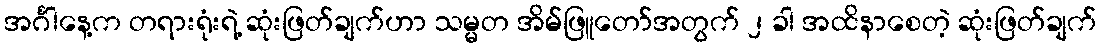
အင်္ဂါနေ့က တရားရုံးရဲ့ ဆုံးဖြတ်ချက်ဟာ သမ္မတ အိမ်ဖြူတော်အတွက် ၂ ခါ အထိနာစေတဲ့ ဆုံးဖြတ်ချက်